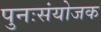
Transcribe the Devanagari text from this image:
पुनःसंयोजक